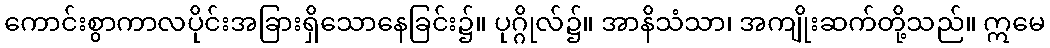
ကောင်းစွာကာလပိုင်းအခြားရှိသောနေခြင်း၌။ ပုဂ္ဂိုလ်၌။ အာနိသံသာ၊ အကျိုးဆက်တို့သည်။ ဣမေ